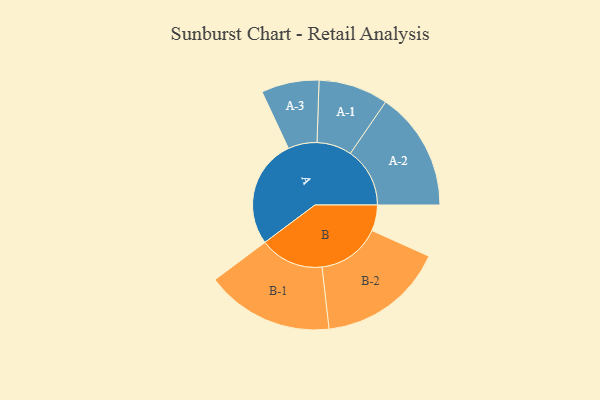
{"axis": {"x": "Segment", "y": "Value"}, "legend": ["", "A", "B"], "data": [{"x": "A", "y": 437, "type": ""}, {"x": "B", "y": 104, "type": ""}, {"x": "A-1", "y": 140, "type": "A"}, {"x": "A-2", "y": 239, "type": "A"}, {"x": "A-3", "y": 116, "type": "A"}, {"x": "B-1", "y": 257, "type": "B"}, {"x": "B-2", "y": 255, "type": "B"}]}